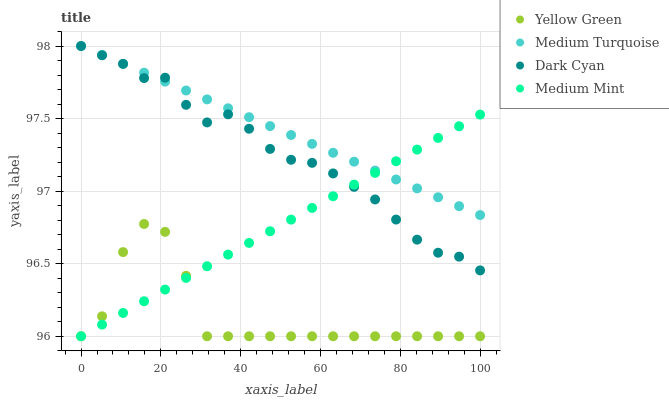
| xaxis_label | Yellow Green | Medium Turquoise | Dark Cyan | Medium Mint |
 | --- | --- | --- | --- | --- |
 | 0 | 96 | 98 | 98 | 96 |
 | 5.26 | 96.1 | 97.9 | 97.9 | 96.1 |
 | 10.5 | 96.6 | 97.9 | 97.9 | 96.2 |
 | 15.8 | 96.8 | 97.8 | 97.8 | 96.2 |
 | 21.1 | 96.7 | 97.8 | 97.8 | 96.3 |
 | 26.3 | 96.4 | 97.7 | 97.6 | 96.4 |
 | 31.6 | 96 | 97.6 | 97.5 | 96.5 |
 | 36.8 | 96 | 97.6 | 97.5 | 96.6 |
 | 42.1 | 96 | 97.5 | 97.4 | 96.6 |
 | 47.4 | 96 | 97.4 | 97.3 | 96.7 |
 | 52.6 | 96 | 97.4 | 97.2 | 96.8 |
 | 57.9 | 96 | 97.3 | 97.2 | 96.9 |
 | 63.2 | 96 | 97.3 | 97.1 | 97 |
 | 68.4 | 96 | 97.2 | 97 | 97 |
 | 73.7 | 96 | 97.1 | 96.9 | 97.1 |
 | 78.9 | 96 | 97.1 | 96.8 | 97.2 |
 | 84.2 | 96 | 97 | 96.7 | 97.3 |
 | 89.5 | 96 | 97 | 96.6 | 97.4 |
 | 94.7 | 96 | 96.9 | 96.5 | 97.4 |
 | 100 | 96 | 96.8 | 96.5 | 97.5 |